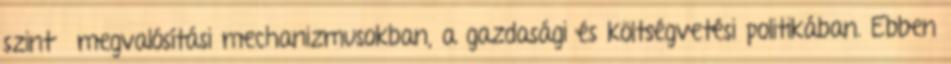
szintű megvalósítási mechanizmusokban, a gazdasági és költségvetési politikában. Ebben